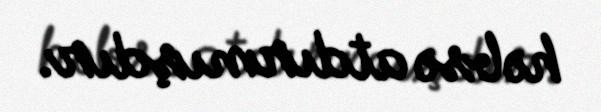
həbsə atdırmışdır.